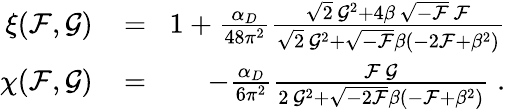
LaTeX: \begin{array}{rlr}{\xi({\cal F},{\cal G})\! }&{{}=}&{\! 1+\frac{\alpha_{D}}{48\pi^{2}}\frac{\sqrt{2}\, {\cal G}^{2}+4\beta\, \sqrt{-{\cal F}}\, {\cal F}}{\sqrt{2}\, {\cal G}^{2}+\sqrt{-{\cal F}}\beta(-2{\cal F}+\beta^{2})}}\\ {\chi({\cal F},{\cal G})\! }&{{}=}&{\! -\frac{\alpha_{D}}{6\pi^{2}}\frac{{\cal F}\, {\cal G}}{2\, {\cal G}^{2}+\sqrt{-2{\cal F}}\beta(-{\cal F}+\beta^{2})}\; .}\end{array}